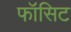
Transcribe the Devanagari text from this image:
फॉसिट